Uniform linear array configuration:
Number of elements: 8
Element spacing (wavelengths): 0.5
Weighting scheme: cosine
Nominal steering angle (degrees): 15
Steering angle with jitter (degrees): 13.182
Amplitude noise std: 0.05
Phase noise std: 0.05

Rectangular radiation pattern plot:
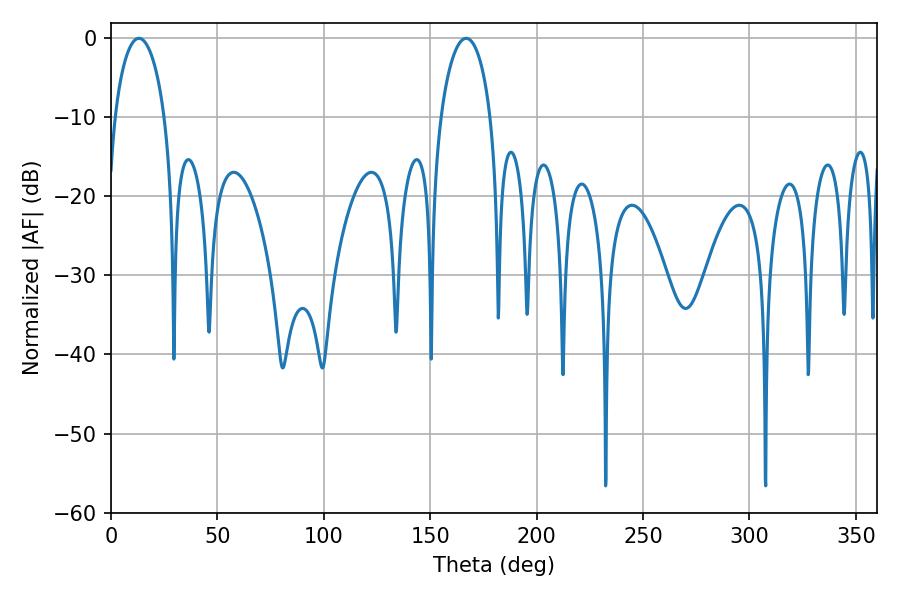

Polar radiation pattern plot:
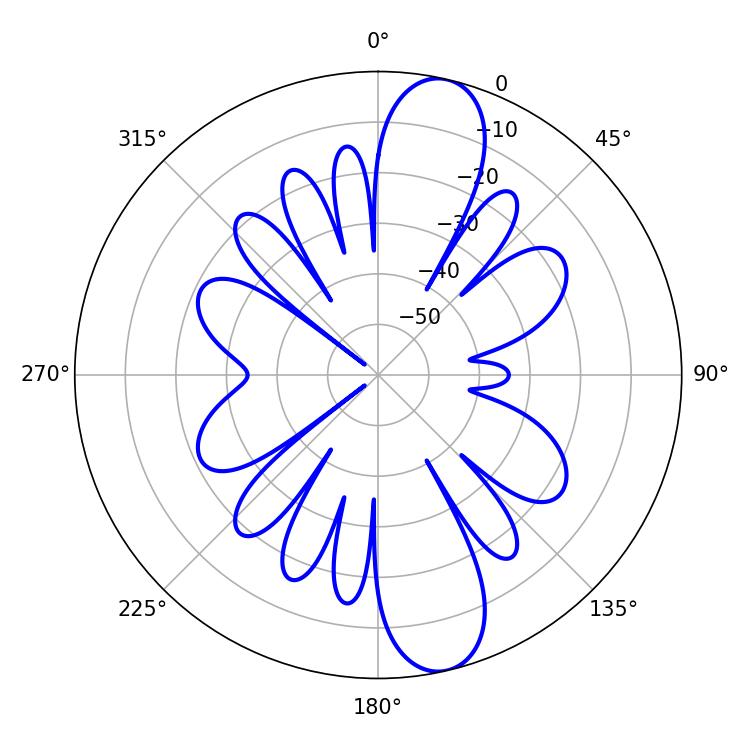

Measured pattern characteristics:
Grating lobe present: FALSE
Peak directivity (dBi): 12.436
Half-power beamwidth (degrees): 13.5
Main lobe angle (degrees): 166.86